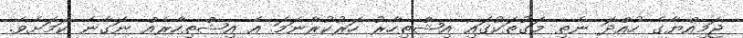
ޖަމިއްޔާގެ ހުއްދަ ނެތި މަގުތަކުގައި އިޝްތިހާރު ހަރުކުރާނަމަ އެ އިޝްތިހާރެއް ނަގާނެ ކަމަށެވެ.